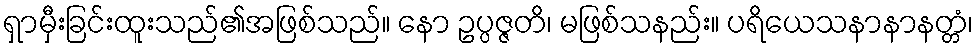
ရှာမှီးခြင်းထူးသည်၏အဖြစ်သည်။ နော ဥပ္ပဇ္ဇတိ၊ မဖြစ်သနည်း။ ပရိယေသနာနာနတ္တံ၊